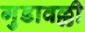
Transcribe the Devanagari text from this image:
गुडावल्ली